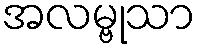
အလမ္ဗုသာ